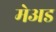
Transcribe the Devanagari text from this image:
मेअड